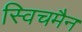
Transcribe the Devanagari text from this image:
स्विचमैन